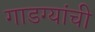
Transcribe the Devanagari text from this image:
गाडग्यांची